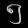
Digit: ၅